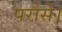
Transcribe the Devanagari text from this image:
परोसे।